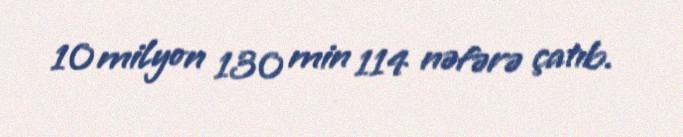
10 milyon 130 min 114 nəfərə çatıb.